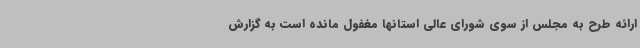
ارائه طرح به مجلس از سوی شورای عالی استانها مغفول مانده است به گزارش